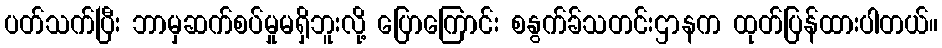
ပတ်သက်ပြီး ဘာမှဆက်စပ်မှုမရှိဘူးလို့ ပြောကြောင်း စနွက်ခ်သတင်းဌာနက ထုတ်ပြန်ထားပါတယ်။